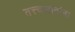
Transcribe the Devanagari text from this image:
तत्त्वज्ञानांना